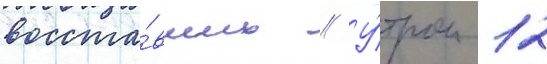
восста́вших // У́тром 12